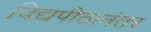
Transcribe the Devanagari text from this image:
विद्यपीठानंतर